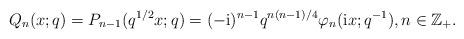
LaTeX: \begin{align*} Q_{n}(x;q)=P_{n-1}(q^{1/2}x;q)=(-{\rm i})^{n-1}q^{n(n-1)/4}\varphi_{n}({\rm i}x;q^{-1}), n\in\mathbb{Z}_{+}. \end{align*}